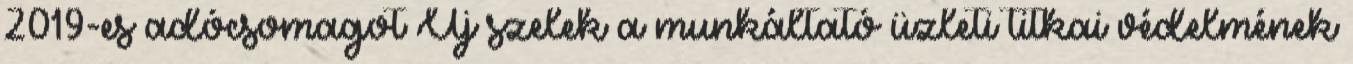
2019-es adócsomagot Új szelek a munkáltató üzleti titkai védelmének